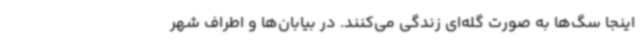
اینجا سگ‌ها به صورت گله‌ای زندگی می‌کنند. در بیابان‌ها و اطراف شهر